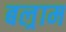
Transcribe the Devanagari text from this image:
बल्राम